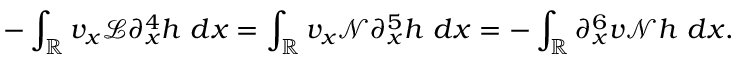
- \int _ { \mathbb R } v _ { x } \mathscr { L } \partial _ { x } ^ { 4 } h \ d x = \int _ { \mathbb R } v _ { x } \mathscr { N } \partial _ { x } ^ { 5 } h \ d x = - \int _ { \mathbb R } \partial _ { x } ^ { 6 } v \mathscr { N } h \ d x .